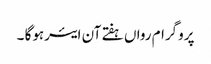
پروگرام رواں ہفتے آن ایئرہوگا ۔